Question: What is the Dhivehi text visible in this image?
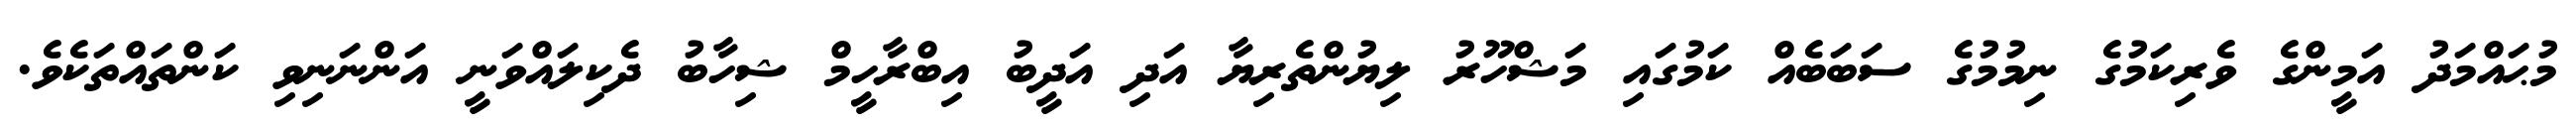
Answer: މުޙައްމަދު އަމީންގެ ވެރިކަމުގެ ނިމުމުގެ ސަބަބެއް ކަމުގައި މަޝްހޫރު ލިޔުންތެރިޔާ އަދި އަދީބު އިބްރާހީމް ޝިހާބު ދެކިލައްވަނީ އަންނަނިވި ކަންތައްތަކެވެ.